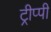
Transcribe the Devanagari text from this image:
ट्रीप्पी